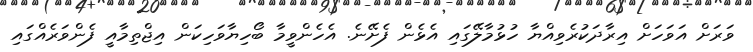
ވަރަށް އަވަހަށް އިރާދަކުރެވިއްޔާ ހުޅުމާލޭގައި އެޅެން ފެށޭނެ. އެހެންވީމާ ބޯހިޔާވަހިކަން އިޖްތިމާއީ ފެންވަރެއްގައި